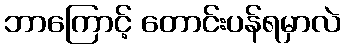
ဘာကြောင့် တောင်းပန်ရမှာလဲ